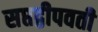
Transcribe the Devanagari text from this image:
सप्तद्वीपवती